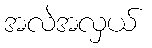
အလဲအလှယ်